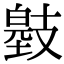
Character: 𢻞